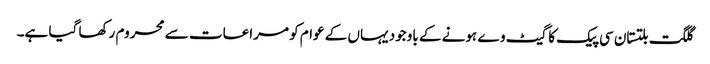
گلگت بلتستان سی پیک کا گیٹ وے ہونے کے باوجود یہاں کے عوام کو مراعات سے محروم رکھا گیا ہے۔